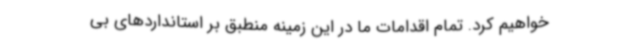
خواهیم کرد. تمام اقدامات ما در این زمینه منطبق بر استانداردهای بی